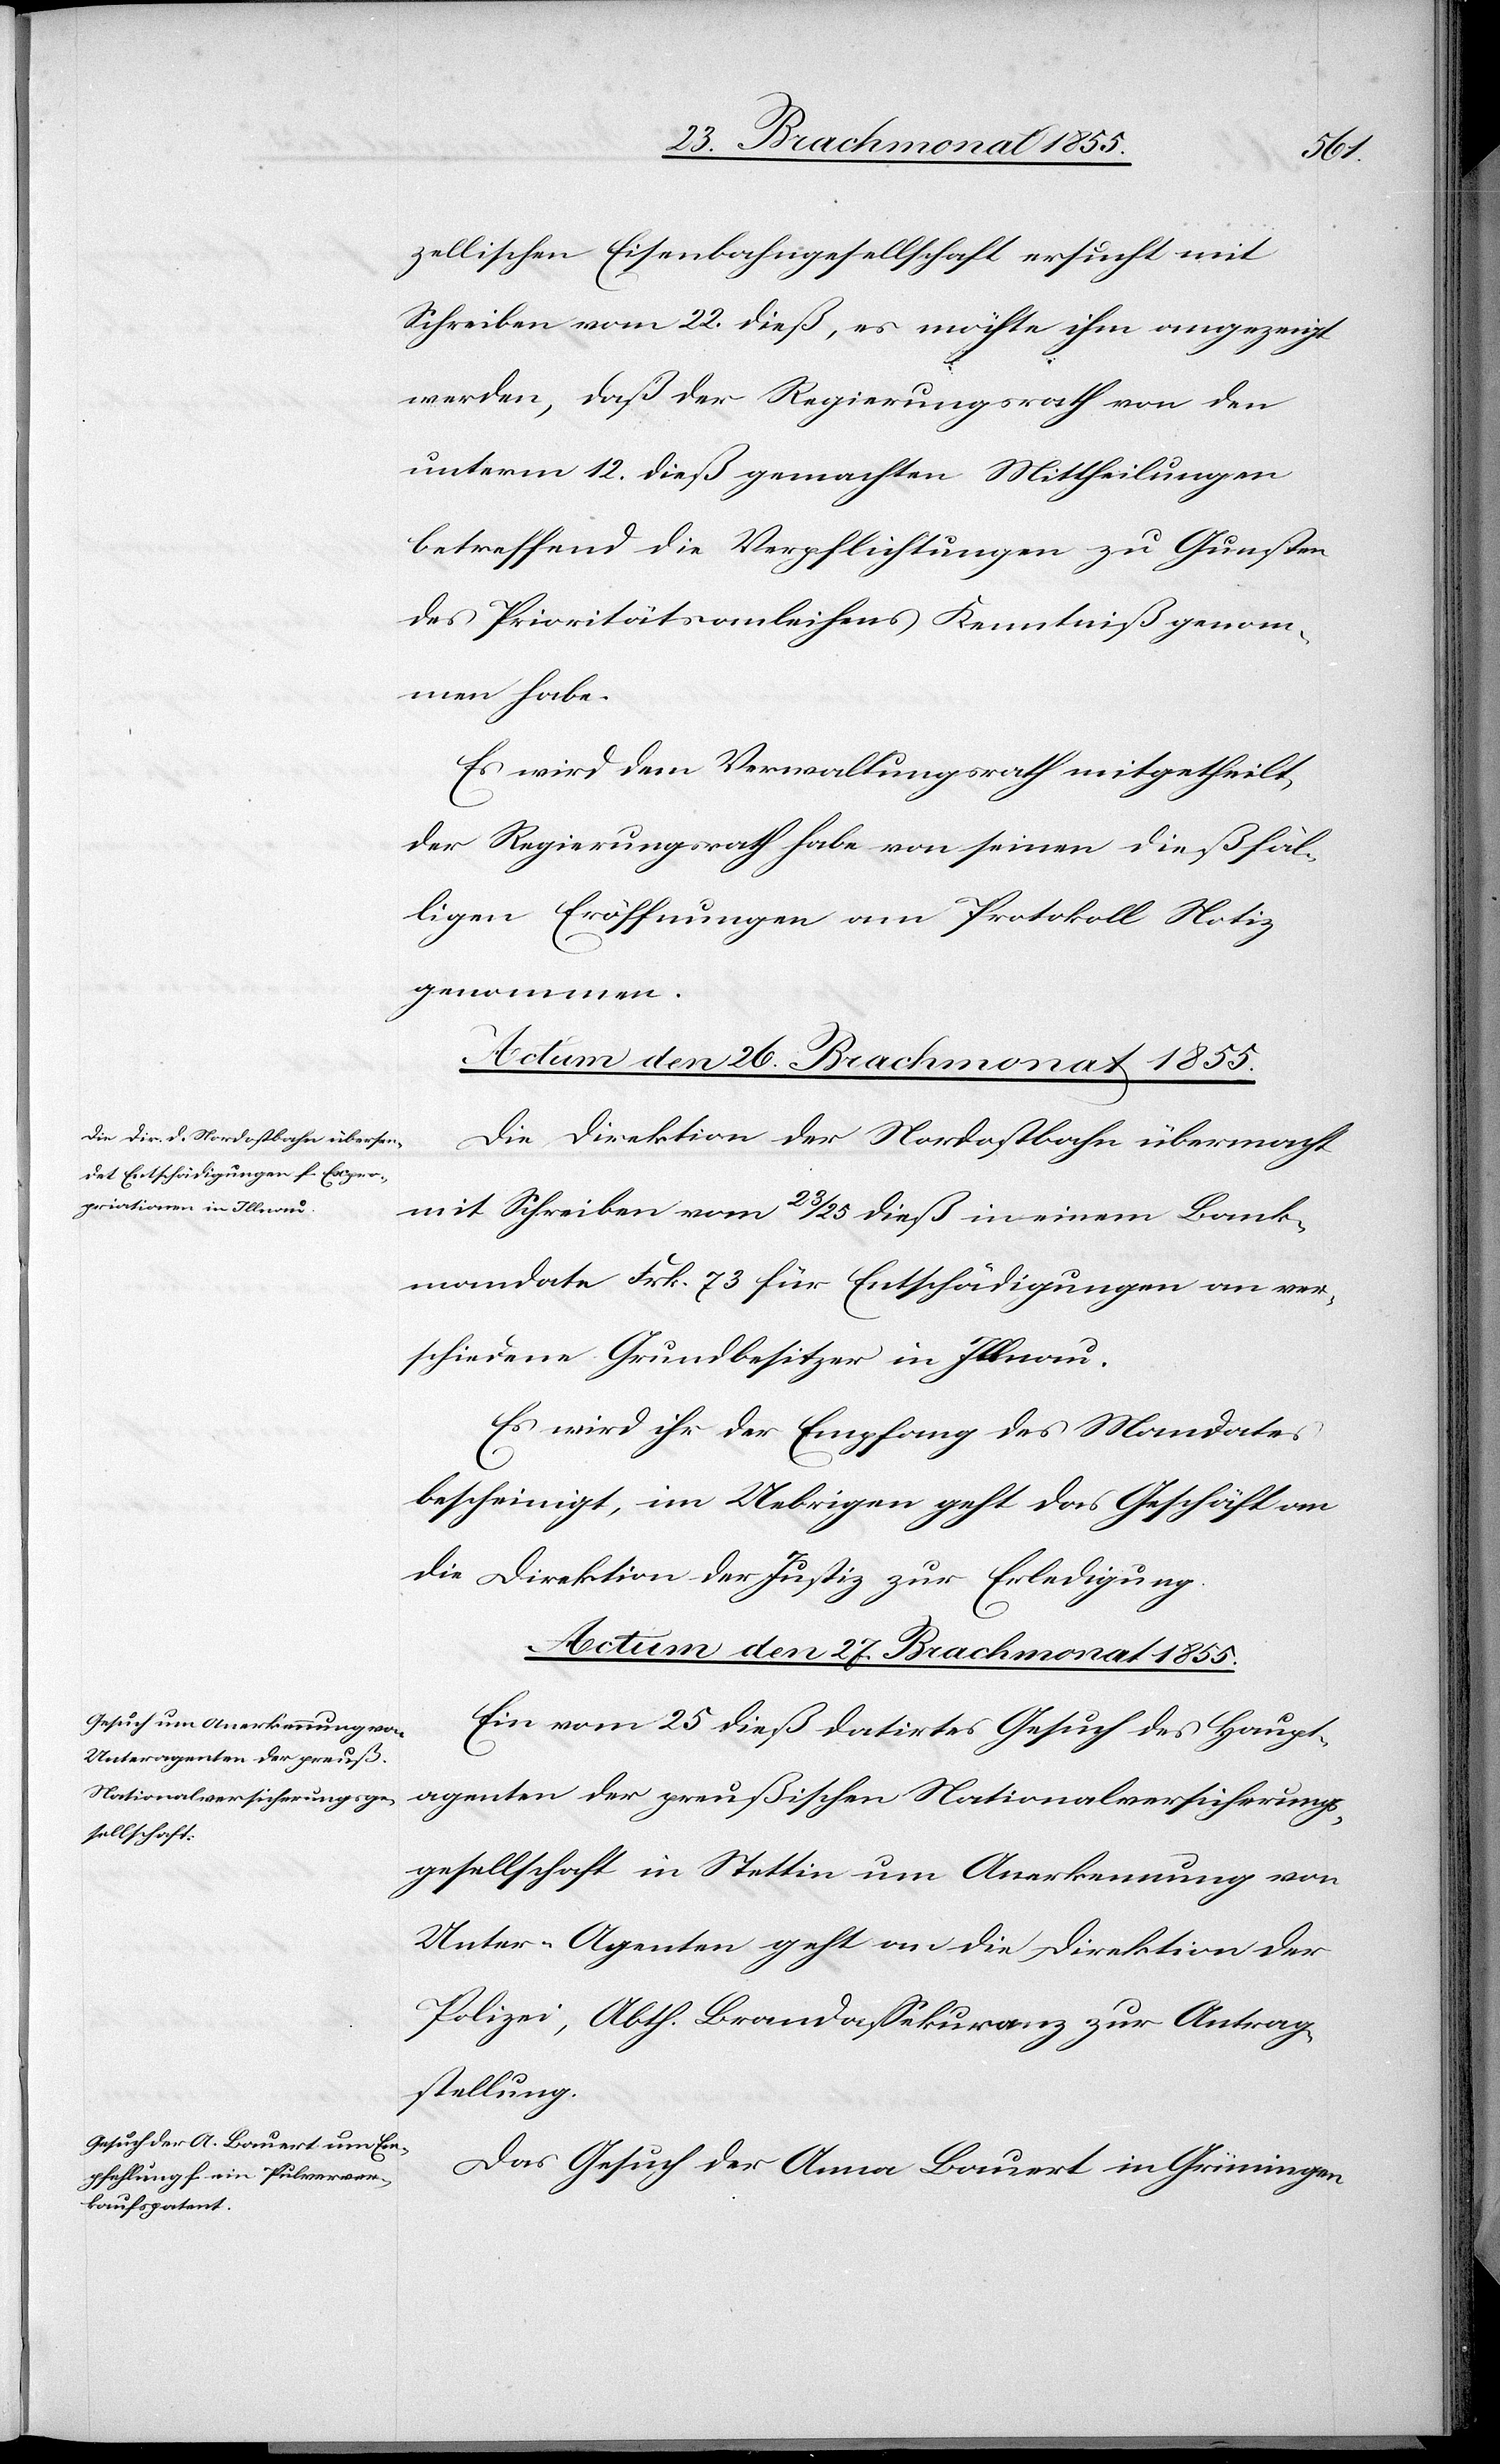
zellischen Eisenbahngesellschaft ersucht mit
Schreiben vom 22. dieß, es möchte ihm angezeigt
werden, daß der Regierungsrath von den
unterm 12. dieß gemachten Mittheilungen
betreffend die Verpflichtungen zu Gunsten
des Prioritätsanleihens Kenntniß genom¬
men habe.
Es wird dem Verwaltungsrath mitgetheilt,
der Regierungsrath habe von seinen dießfäl¬
ligen Eröffnungen am Protokoll Notiz
genommen.
Actum den 26. Brachmonat 1855.
Die Direktion der Nordostbahn übermacht
mit Schreiben vom 23 / 25 dieß in einem Bank¬
mandate Frk. 73 für Entschädigungen an ver¬
schiedene Grundbesitzer in Illnau.
Es wird ihr der Empfang des Mandates
bescheinigt, im Uebrigen geht das Geschäft an
die Direktion der Justiz zur Erledigung.
Actum den 27. Brachmonat 1855.]
Ein vom 25 dieß datirtes Gesuch des Haupt¬
agenten der preußischen Nationalversicherungs¬
gesellschaft in Stettin um Anerkennung von
Unter-Agenten geht an die Direktion der
Polizei, Abth. Brandassekuranz zur Antrag¬
stellung.
Das Gesuch der Anna Bauert in Grüningen